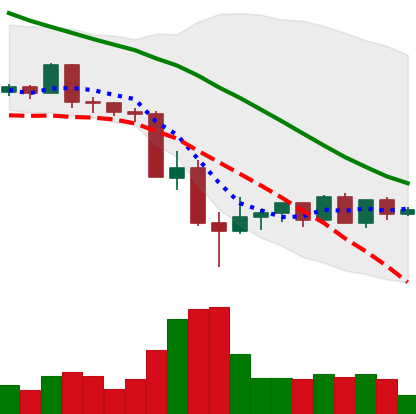
Ticker: LTC-USD
Chart end date: 2022-05-21
Forward return: -8.432%
Label: down_7plus